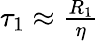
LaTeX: \begin{array}{r}{\tau_{1}\approx\frac{R_{1}}{\eta}}\end{array}